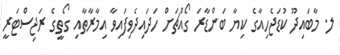
ލ. މާބައިދޫ ކުޑަޖެހިއާގެ ކިޔާ ބަންޑާރަ ގޯއްޗަށް ހަދައިދެވިފައިވާ އިމާރާތާއި ގޯތީގެ ރަޖިސްޓަރީ